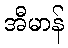
အီမာန်